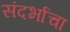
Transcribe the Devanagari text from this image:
संदर्भाचा